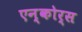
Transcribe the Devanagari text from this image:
एन्कोर्स